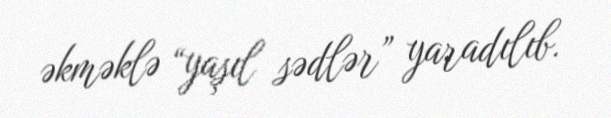
əkməklə “yaşıl sədlər” yaradılıb.